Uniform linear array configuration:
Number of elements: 4
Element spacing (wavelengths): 0.5
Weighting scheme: blackman
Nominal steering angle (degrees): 0
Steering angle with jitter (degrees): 0.1805
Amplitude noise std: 0.05
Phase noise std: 0.05

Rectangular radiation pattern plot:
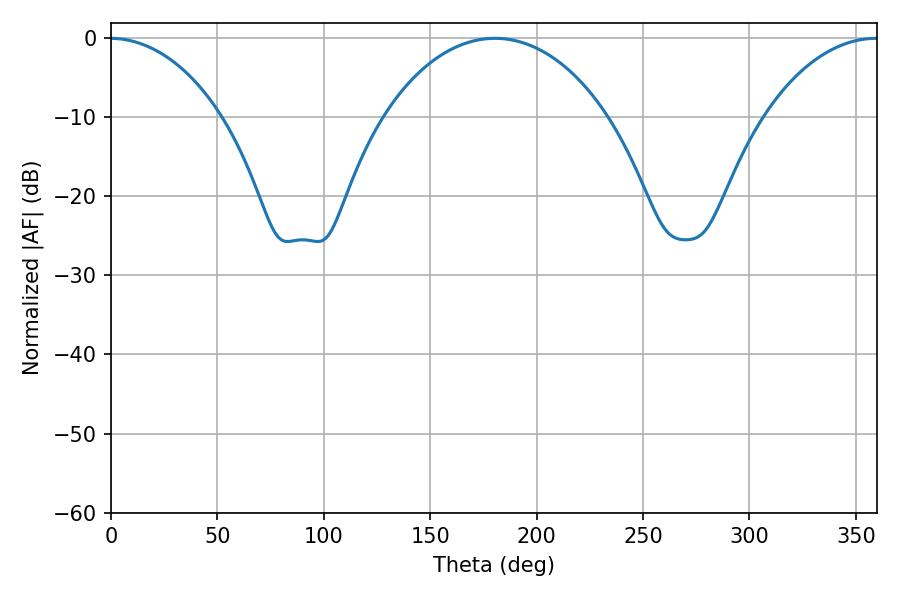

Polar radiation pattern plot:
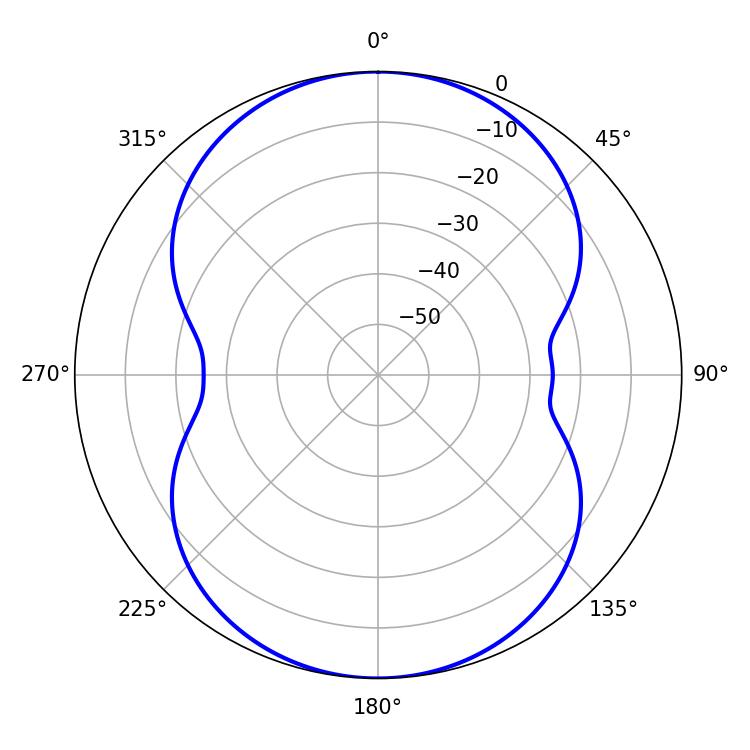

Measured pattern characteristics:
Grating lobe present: FALSE
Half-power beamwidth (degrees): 59.94
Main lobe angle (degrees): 180.36